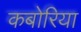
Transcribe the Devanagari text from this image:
कबोरिया